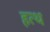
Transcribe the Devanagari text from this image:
हत्थ